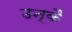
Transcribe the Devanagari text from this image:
उन्कै